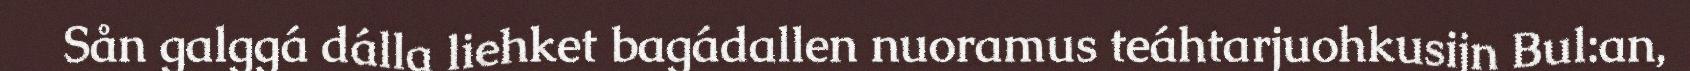
Sån galggá dálla liehket bagádallen nuoramus teáhtarjuohkusijn Bul:an,